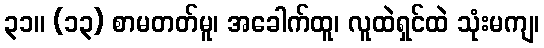
၃၁။ (၁၃) စာမတတ်မူ၊ အခေါက်ထူ၊ လူထဲရှင်ထဲ သုံးမကျ၊